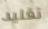
تقليد